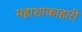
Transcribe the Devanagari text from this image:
महाशाकाहारी